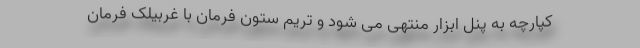
کپارچه به پنل ابزار منتهی می شود و تریم ستون فرمان با غربیلک فرمان